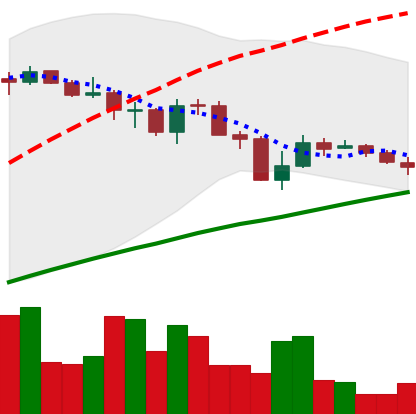
Ticker: LINK-USD
Chart end date: 2019-07-23
Forward return: -6.464%
Label: down_5_7